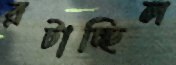
রটাচ্ছিল